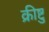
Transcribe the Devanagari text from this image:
क्रीष्टु